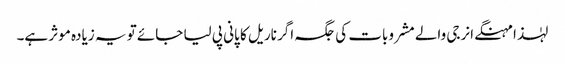
لہٰذا مہنگے انرجی والے مشروبات کی جگہ اگر ناریل کا پانی پی لیا جائے تو یہ زیادہ موثر ہے۔